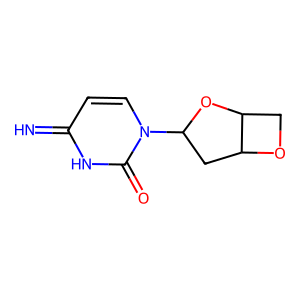
SMILES: N=c1ccn(C2CC3OCC3O2)c(=O)[nH]1
Inhibits HIV replication: No